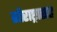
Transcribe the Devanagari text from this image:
सौराष्ट्रासह